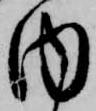
内